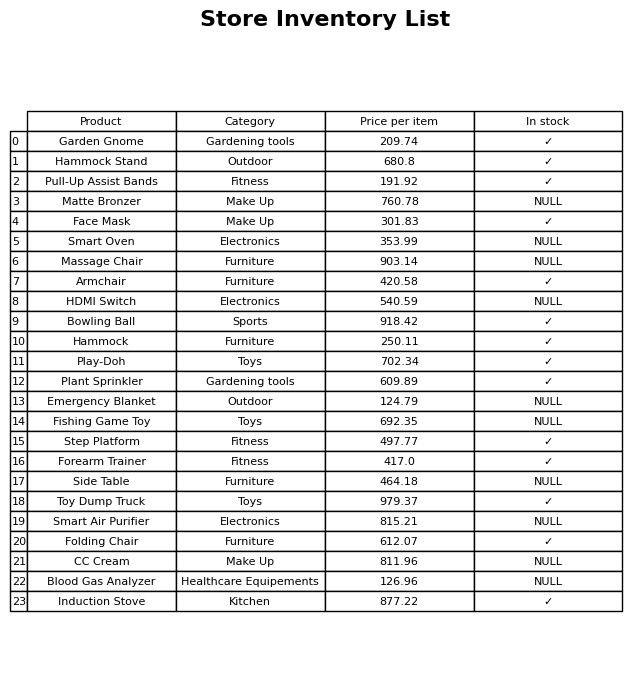
question: What is the stock status of the Armchair?
answer: ✓